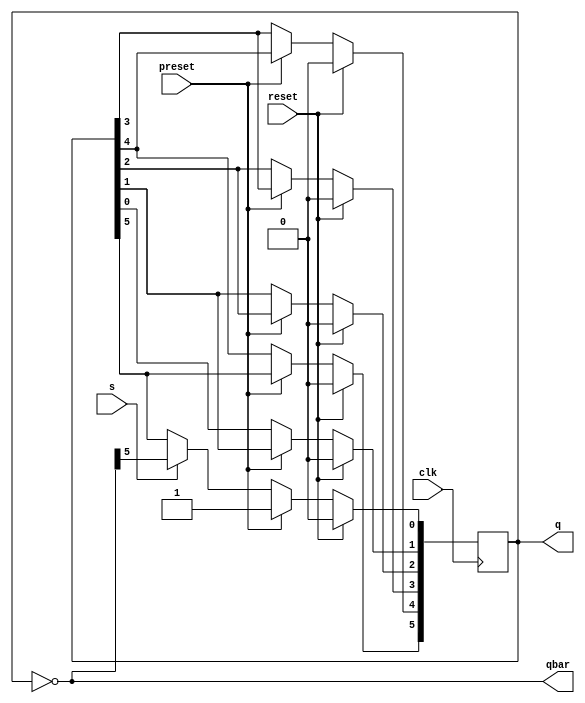
module johnring(clk,reset,preset,q,qbar,s);
input clk,reset,preset,s;
output reg [5:0]q;
output [5:0]qbar;
always@(posedge clk)
begin
if(reset)
q<=0;
else if(preset)
q[0]<=1'b1;
else
begin
if(s==0)
begin
q[1]<=q[0];
q[2]<=q[1];
q[3]<=q[2];
q[4]<=q[3];
q[5]<=q[4];
q[0]<=q[5];
end
else
begin
q[1]<=q[0];
q[2]<=q[1];
q[3]<=q[2];
q[4]<=q[3];
q[5]<=q[4];
q[0]<=qbar[5];
end
end
end
assign qbar=~q;
endmodule